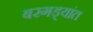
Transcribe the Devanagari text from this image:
बरगड्यांत